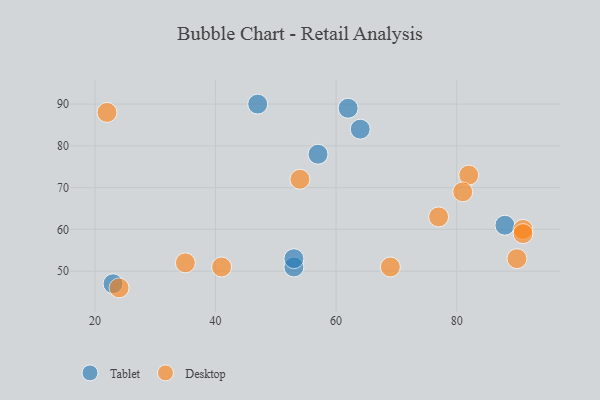
{"axis": {"x": "GDP", "y": "Life Expectancy"}, "legend": ["Desktop", "Tablet"], "data": [{"x": "47", "y": 90, "type": "Tablet"}, {"x": "53", "y": 51, "type": "Tablet"}, {"x": "57", "y": 78, "type": "Tablet"}, {"x": "23", "y": 47, "type": "Tablet"}, {"x": "64", "y": 84, "type": "Tablet"}, {"x": "53", "y": 53, "type": "Tablet"}, {"x": "88", "y": 61, "type": "Tablet"}, {"x": "62", "y": 89, "type": "Tablet"}, {"x": "82", "y": 73, "type": "Desktop"}, {"x": "91", "y": 60, "type": "Desktop"}, {"x": "22", "y": 88, "type": "Desktop"}, {"x": "90", "y": 53, "type": "Desktop"}, {"x": "77", "y": 63, "type": "Desktop"}, {"x": "69", "y": 51, "type": "Desktop"}, {"x": "24", "y": 46, "type": "Desktop"}, {"x": "91", "y": 59, "type": "Desktop"}, {"x": "54", "y": 72, "type": "Desktop"}, {"x": "81", "y": 69, "type": "Desktop"}, {"x": "35", "y": 52, "type": "Desktop"}, {"x": "41", "y": 51, "type": "Desktop"}]}